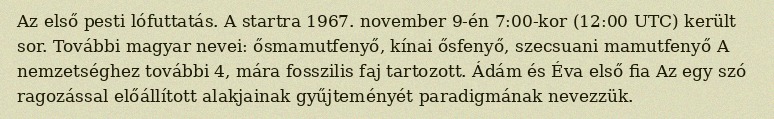
Az első pesti lófuttatás. A startra 1967. november 9-én 7:00-kor (12:00 UTC) került sor. További magyar nevei: ősmamutfenyő, kínai ősfenyő, szecsuani mamutfenyő A nemzetséghez további 4, mára fosszilis faj tartozott. Ádám és Éva első fia Az egy szó ragozással előállított alakjainak gyűjteményét paradigmának nevezzük.